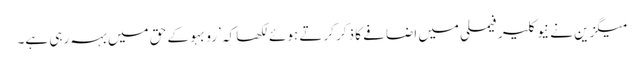
میگزین نے نیوکلیر فیملی میں اضافے کا ذکر کرتے ہوئے لکھا کہ ’رو بہو کے حق میں بہہ رہی ہے۔